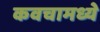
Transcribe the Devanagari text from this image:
कवचामध्ये